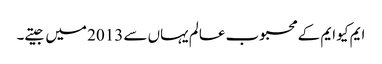
ایم کیو ایم کے محبوب عالم یہاں سے 2013 میں جیتے۔